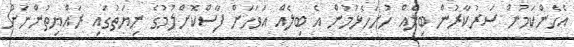
އެހެންކަމުން ސަރުކާރުން ބިލެއް ހުށަހެޅުމުން އެ ބިލެއް އަވަހަށް ފާސްކޮށްލުމުގެ ނިޔަތުގައި ރައްޔިތުންނަށް